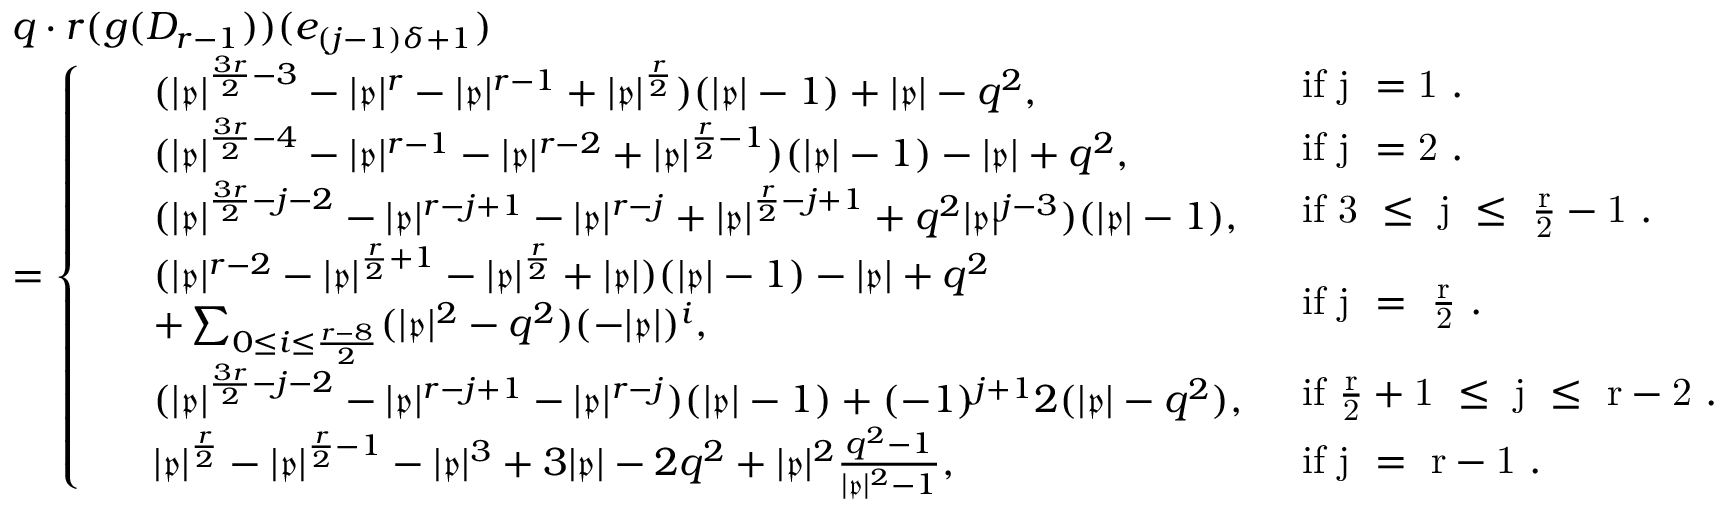
\begin{array} { r l } & { q \cdot r ( g ( D _ { r - 1 } ) ) ( e _ { ( j - 1 ) \delta + 1 } ) } \\ & { = \left\{ \begin{array} { l l } { \! \begin{array} { r l } & { ( | \mathfrak { p } | ^ { \frac { 3 r } { 2 } - 3 } - | \mathfrak { p } | ^ { r } - | \mathfrak { p } | ^ { r - 1 } + | \mathfrak { p } | ^ { \frac { r } { 2 } } ) ( | \mathfrak { p } | - 1 ) + | \mathfrak { p } | - q ^ { 2 } , } \end{array} } & { \mathrm { i f ~ j ~ = 1 ~ . } } \\ { \! \begin{array} { r l } & { ( | \mathfrak { p } | ^ { \frac { 3 r } { 2 } - 4 } - | \mathfrak { p } | ^ { r - 1 } - | \mathfrak { p } | ^ { r - 2 } + | \mathfrak { p } | ^ { \frac { r } { 2 } - 1 } ) ( | \mathfrak { p } | - 1 ) - | \mathfrak { p } | + q ^ { 2 } , } \end{array} } & { \mathrm { i f ~ j ~ = 2 ~ . } } \\ { \! \begin{array} { r l } & { ( | \mathfrak { p } | ^ { \frac { 3 r } { 2 } - j - 2 } - | \mathfrak { p } | ^ { r - j + 1 } - | \mathfrak { p } | ^ { r - j } + | \mathfrak { p } | ^ { \frac { r } { 2 } - j + 1 } + q ^ { 2 } | \mathfrak { p } | ^ { j - 3 } ) ( | \mathfrak { p } | - 1 ) , } \end{array} } & { \mathrm { i f ~ 3 ~ \leq ~ j ~ \leq ~ \frac { r } { 2 } - 1 ~ . } } \\ { \! \begin{array} { r l } & { ( | \mathfrak { p } | ^ { r - 2 } - | \mathfrak { p } | ^ { \frac { r } { 2 } + 1 } - | \mathfrak { p } | ^ { \frac { r } { 2 } } + | \mathfrak { p } | ) ( | \mathfrak { p } | - 1 ) - | \mathfrak { p } | + q ^ { 2 } } \\ & { + \sum _ { 0 \leq i \leq \frac { r - 8 } { 2 } } ( | \mathfrak { p } | ^ { 2 } - q ^ { 2 } ) ( - | \mathfrak { p } | ) ^ { i } , } \end{array} } & { \mathrm { i f ~ j ~ = ~ \frac { r } { 2 } ~ . } } \\ { \! \begin{array} { r l } & { ( | \mathfrak { p } | ^ { \frac { 3 r } { 2 } - j - 2 } - | \mathfrak { p } | ^ { r - j + 1 } - | \mathfrak { p } | ^ { r - j } ) ( | \mathfrak { p } | - 1 ) + ( - 1 ) ^ { j + 1 } 2 ( | \mathfrak { p } | - q ^ { 2 } ) , } \end{array} } & { \mathrm { i f ~ \frac { r } { 2 } + 1 ~ \leq ~ j ~ \leq ~ r - 2 ~ . } } \\ { \! \begin{array} { r l } & { | \mathfrak { p } | ^ { \frac { r } { 2 } } - | \mathfrak { p } | ^ { \frac { r } { 2 } - 1 } - | \mathfrak { p } | ^ { 3 } + 3 | \mathfrak { p } | - 2 q ^ { 2 } + | \mathfrak { p } | ^ { 2 } \frac { q ^ { 2 } - 1 } { | \mathfrak { p } | ^ { 2 } - 1 } , } \end{array} } & { \mathrm { i f ~ j ~ = ~ r - 1 ~ . } } \end{array} \right. } \end{array}